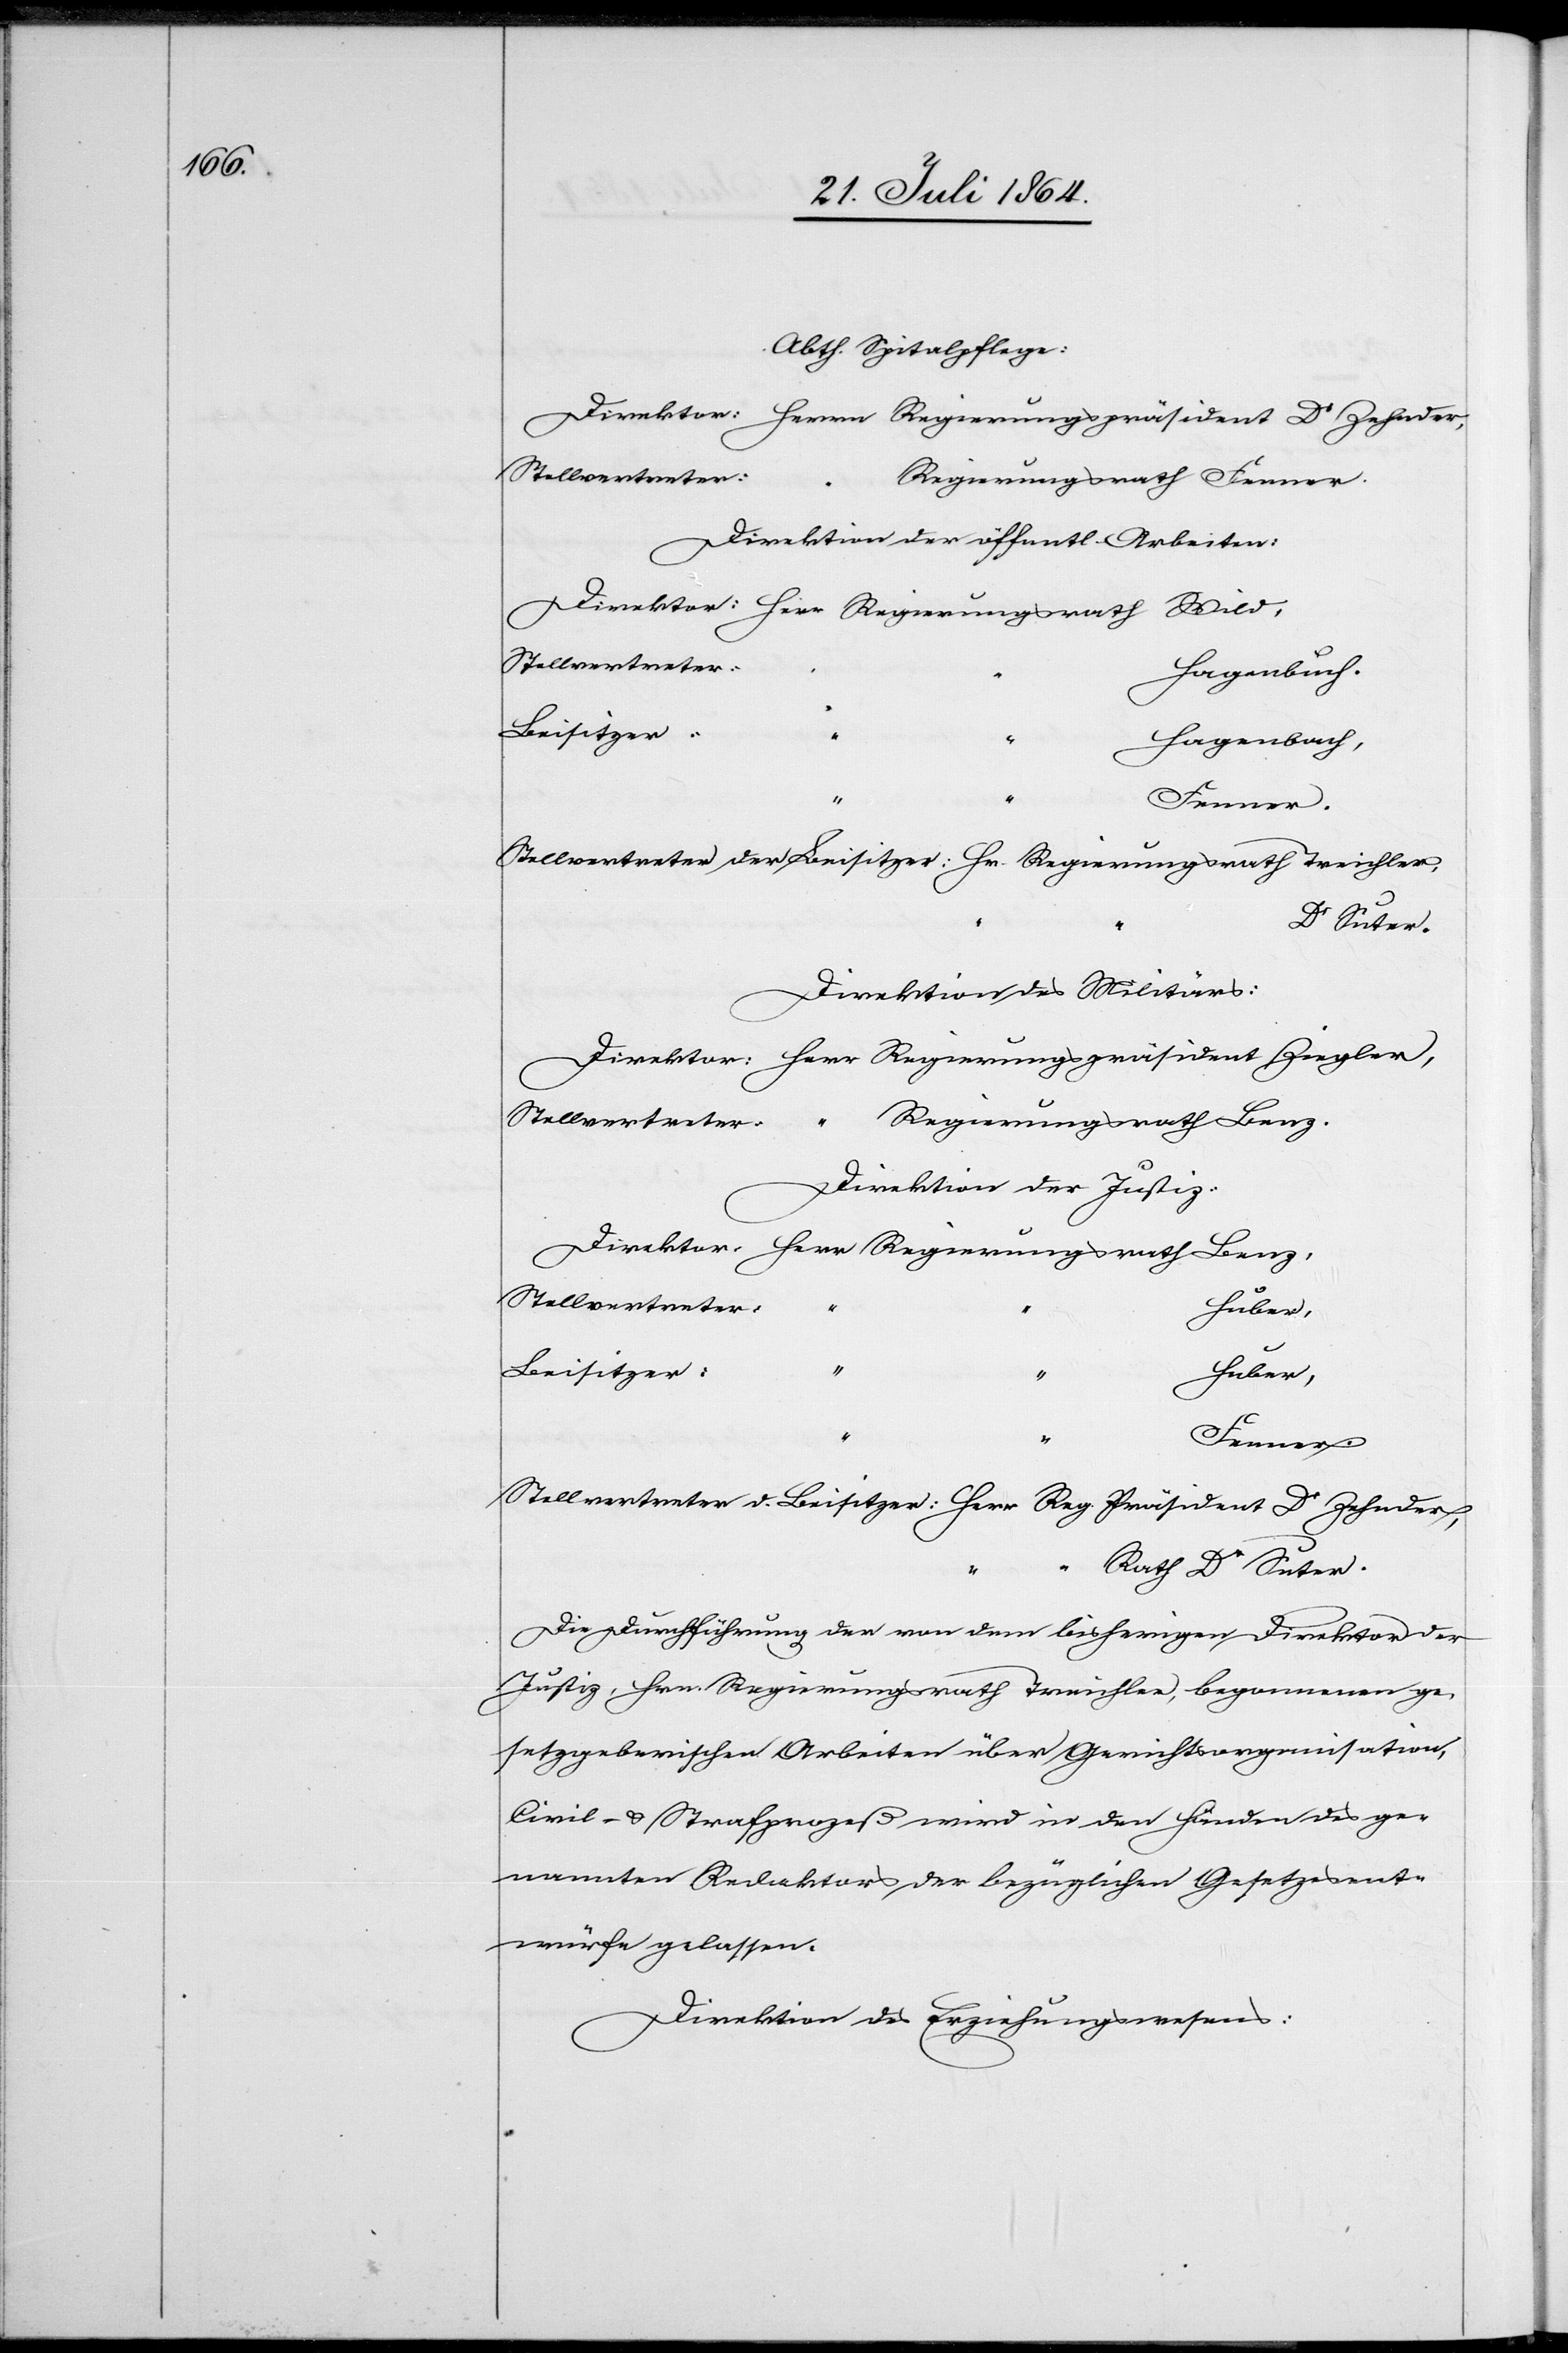
Abth. Spitalpflege:
Stellvertreter
Direktion der öffentl. Arbeiten:
Hagenbuch,
Beisitzer:
d.
Dr Suter.
Direktion des Militärs:
Direktion der Justiz:
Huber,
Beisitzer:
Fenner.
Die Durchführung der von dem bisherigen Direktor der
Justiz, Hrn. Regierungsrath Treichler, begonnenen ge¬
setzgeberischen Arbeiten über Gerichtsorganisation,
Civil- u. Strafprozeß wird in den Händen des ge¬
nannten Redaktors der bezüglichen Gesetzesent¬
würfe gelassen.
Direktion des Erziehungswesens: